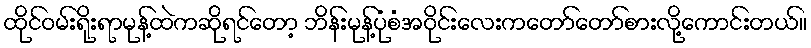
ထိုင်ဝမ်းရိုးရာမုန့်ထဲကဆိုရင်တော့ ဘိန်းမုန့်ပုံစံအဝိုင်းလေးကတော်တော်စားလို့ကောင်းတယ်။